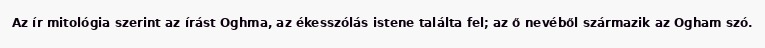
Az ír mitológia szerint az írást Oghma, az ékesszólás istene találta fel; az ő nevéből származik az Ogham szó.